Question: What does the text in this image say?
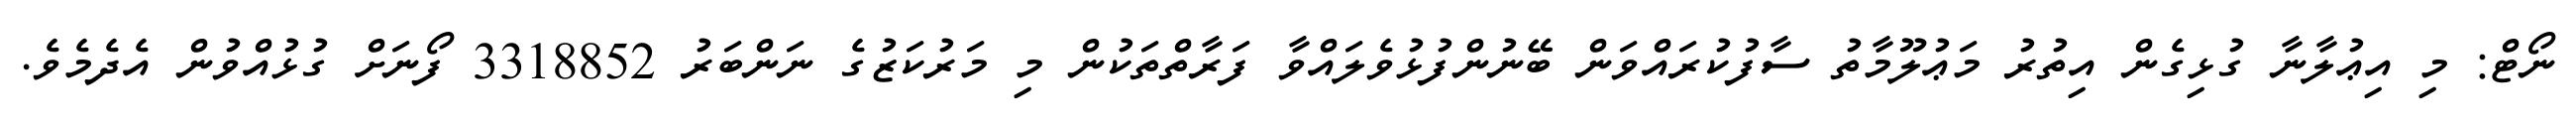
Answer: ނޯޓް: މި އިޢުލާނާ ގުޅިގެން އިތުރު މަޢުލޫމާތު ސާފުކުރައްވަން ބޭނުންފުޅުވެލައްވާ ފަރާތްތަކުން މި މަރުކަޒުގެ ނަންބަރު 3318852 ފޯނަށް ގުޅުއްވުން އެދެމެވެ.